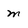
Character: m